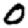
Digit: 0